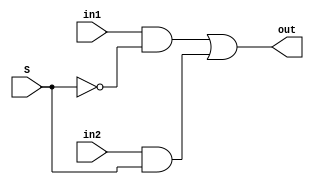
module Mux_1(in1,in2,S,out);
	input in1;
	input in2;
	input S;
	output out;
	wire r1;
	wire r2;
	
	wire Not_S;
	not not1(Not_S,S);
	and and1(r1,in1,Not_S);
	and and2(r2,in2,S);
	
	or or1(out,r1,r2);
	endmodule